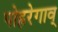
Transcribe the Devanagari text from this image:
पोह्ररेगाव्